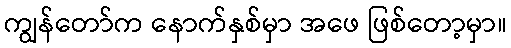
ကျွန်တော်က နောက်နှစ်မှာ အဖေ ဖြစ်တော့မှာ။